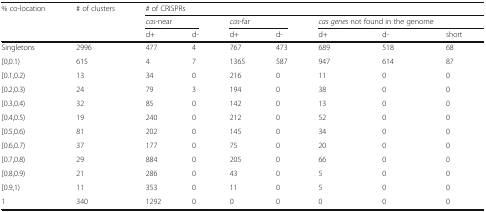
<table><thead><tr><td rowspan="3"><b>% co-location</b></td><td rowspan="3"><b># of clusters</b></td><td colspan="7"><b># of CRISPRs</b></td></tr><tr><td colspan="2"><b><i>cas</i>-near</b></td><td colspan="2"><b><i>cas</i>-far</b></td><td colspan="3"><b><i>cas genes</i> not found in the genome</b></td></tr><tr><td><b>d+</b></td><td><b>d-</b></td><td><b>d+</b></td><td><b>d-</b></td><td><b>d+</b></td><td><b>d-</b></td><td><b>short</b></td></tr></thead><tbody><tr><td>Singletons</td><td>2996</td><td>477</td><td>4</td><td>767</td><td>473</td><td>689</td><td>518</td><td>68</td></tr><tr><td>[0,0.1)</td><td>615</td><td>4</td><td>7</td><td>1365</td><td>587</td><td>947</td><td>614</td><td>87</td></tr><tr><td>[0.1,0.2)</td><td>13</td><td>34</td><td>0</td><td>216</td><td>0</td><td>11</td><td>0</td><td>0</td></tr><tr><td>[0.2,0.3)</td><td>24</td><td>79</td><td>3</td><td>194</td><td>0</td><td>38</td><td>0</td><td>0</td></tr><tr><td>[0.3,0.4)</td><td>32</td><td>85</td><td>0</td><td>142</td><td>0</td><td>13</td><td>0</td><td>0</td></tr><tr><td>[0.4,0.5)</td><td>19</td><td>240</td><td>0</td><td>212</td><td>0</td><td>52</td><td>0</td><td>0</td></tr><tr><td>[0.5,0.6)</td><td>81</td><td>202</td><td>0</td><td>145</td><td>0</td><td>34</td><td>0</td><td>0</td></tr><tr><td>[0.6,0.7)</td><td>37</td><td>177</td><td>0</td><td>75</td><td>0</td><td>20</td><td>0</td><td>0</td></tr><tr><td>[0.7,0.8)</td><td>29</td><td>884</td><td>0</td><td>205</td><td>0</td><td>66</td><td>0</td><td>0</td></tr><tr><td>[0.8,0.9)</td><td>21</td><td>286</td><td>0</td><td>43</td><td>0</td><td>5</td><td>0</td><td>0</td></tr><tr><td>[0.9,1)</td><td>11</td><td>353</td><td>0</td><td>11</td><td>0</td><td>5</td><td>0</td><td>0</td></tr><tr><td>1</td><td>340</td><td>1292</td><td>0</td><td>0</td><td>0</td><td>0</td><td>0</td><td>0</td></tr></tbody></table>